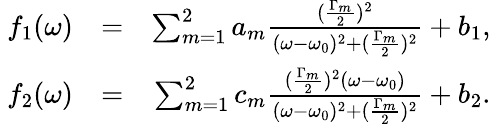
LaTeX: \begin{array}{rlr}{~f_{1}(\omega)}&{=}&{\sum_{m=1}^{2}a_{m}\frac{(\frac{\Gamma_{m}}{2})^{2}}{(\omega-\omega_{0})^{2}+(\frac{\Gamma_{m}}{2})^{2}}+b_{1},}\\ {f_{2}(\omega)}&{=}&{\sum_{m=1}^{2}c_{m}\frac{(\frac{\Gamma_{m}}{2})^{2}(\omega-\omega_{0})}{(\omega-\omega_{0})^{2}+(\frac{\Gamma_{m}}{2})^{2}}+b_{2}.}\end{array}